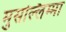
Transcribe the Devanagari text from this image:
मुसल्लिम्मा